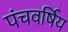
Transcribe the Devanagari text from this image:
पंचवर्षिय